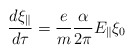
\begin{align*}\frac{d\xi_\parallel} {d\tau} = \frac{e}{m} \frac{\alpha}{2\pi}E_{\parallel}\xi_0\end{align*}